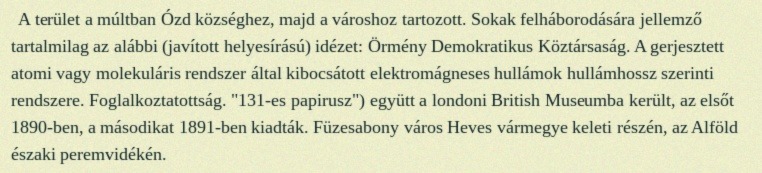
A terület a múltban Ózd községhez, majd a városhoz tartozott. Sokak felháborodására jellemző tartalmilag az alábbi (javított helyesírású) idézet: Örmény Demokratikus Köztársaság. A gerjesztett atomi vagy molekuláris rendszer által kibocsátott elektromágneses hullámok hullámhossz szerinti rendszere. Foglalkoztatottság. "131-es papirusz") együtt a londoni British Museumba került, az elsőt 1890-ben, a másodikat 1891-ben kiadták. Füzesabony város Heves vármegye keleti részén, az Alföld északi peremvidékén.